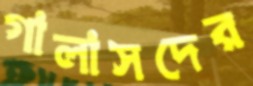
গালাসদের